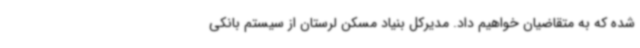
شده که به متقاضیان خواهیم داد. مدیرکل بنیاد مسکن لرستان از سیستم بانکی